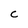
Character: C